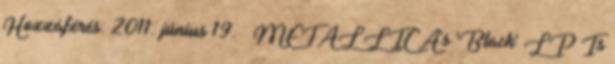
Hozzáférés: 2011. június 19. ↑ METALLICA's 'Black' LP Is